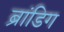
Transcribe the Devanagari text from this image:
ब्रांडिग